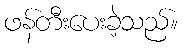
ဖန်တီးပေးခဲ့သည်။